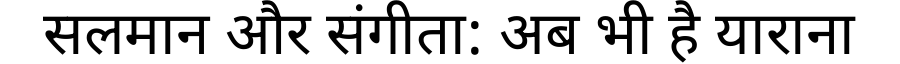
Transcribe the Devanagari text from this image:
सलमान और संगीता: अब भी है याराना